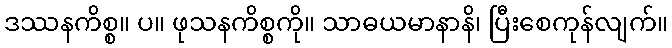
ဒဿနကိစ္စ။ ပ။ ဖုသနကိစ္စကို။ သာဓယမာနာနိ၊ ပြီးစေကုန်လျက်။